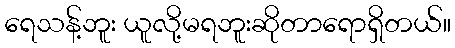
ရေသန့်ဘူး ယူလို့မရဘူးဆိုတာရောရှိတယ်။